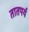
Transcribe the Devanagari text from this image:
तातपर्य